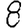
Digit: 8